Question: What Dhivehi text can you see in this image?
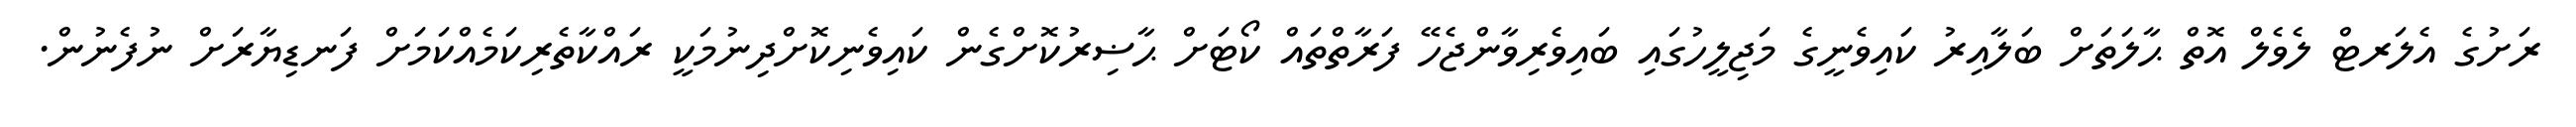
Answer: ރަށުގެ އެލަރޓް ލެވެލް އޮތް ޙާލަތަށް ބަލާއިރު ކައިވެނީގެ މަޖިލީހުގައި ބައިވެރިވާންޖެހޭ ފަރާތްތައް ކޯޓަށް ޙާޟިރުކޮށްގެން ކައިވެނިކޮށްދިނުމަކީ ރައްކާތެރިކަމެއްކަމަށް ފަނޑިޔާރަށް ނުފެނުން.